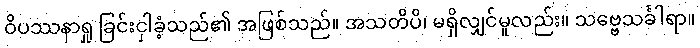
ဝိပဿနာရှု ခြင်းငှါခံ့သည်၏ အဖြစ်သည်။ အသတိပိ၊ မရှိလျှင်မူလည်း။ သဗ္ဗေသင်္ခါရာ။